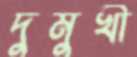
দুমুখী